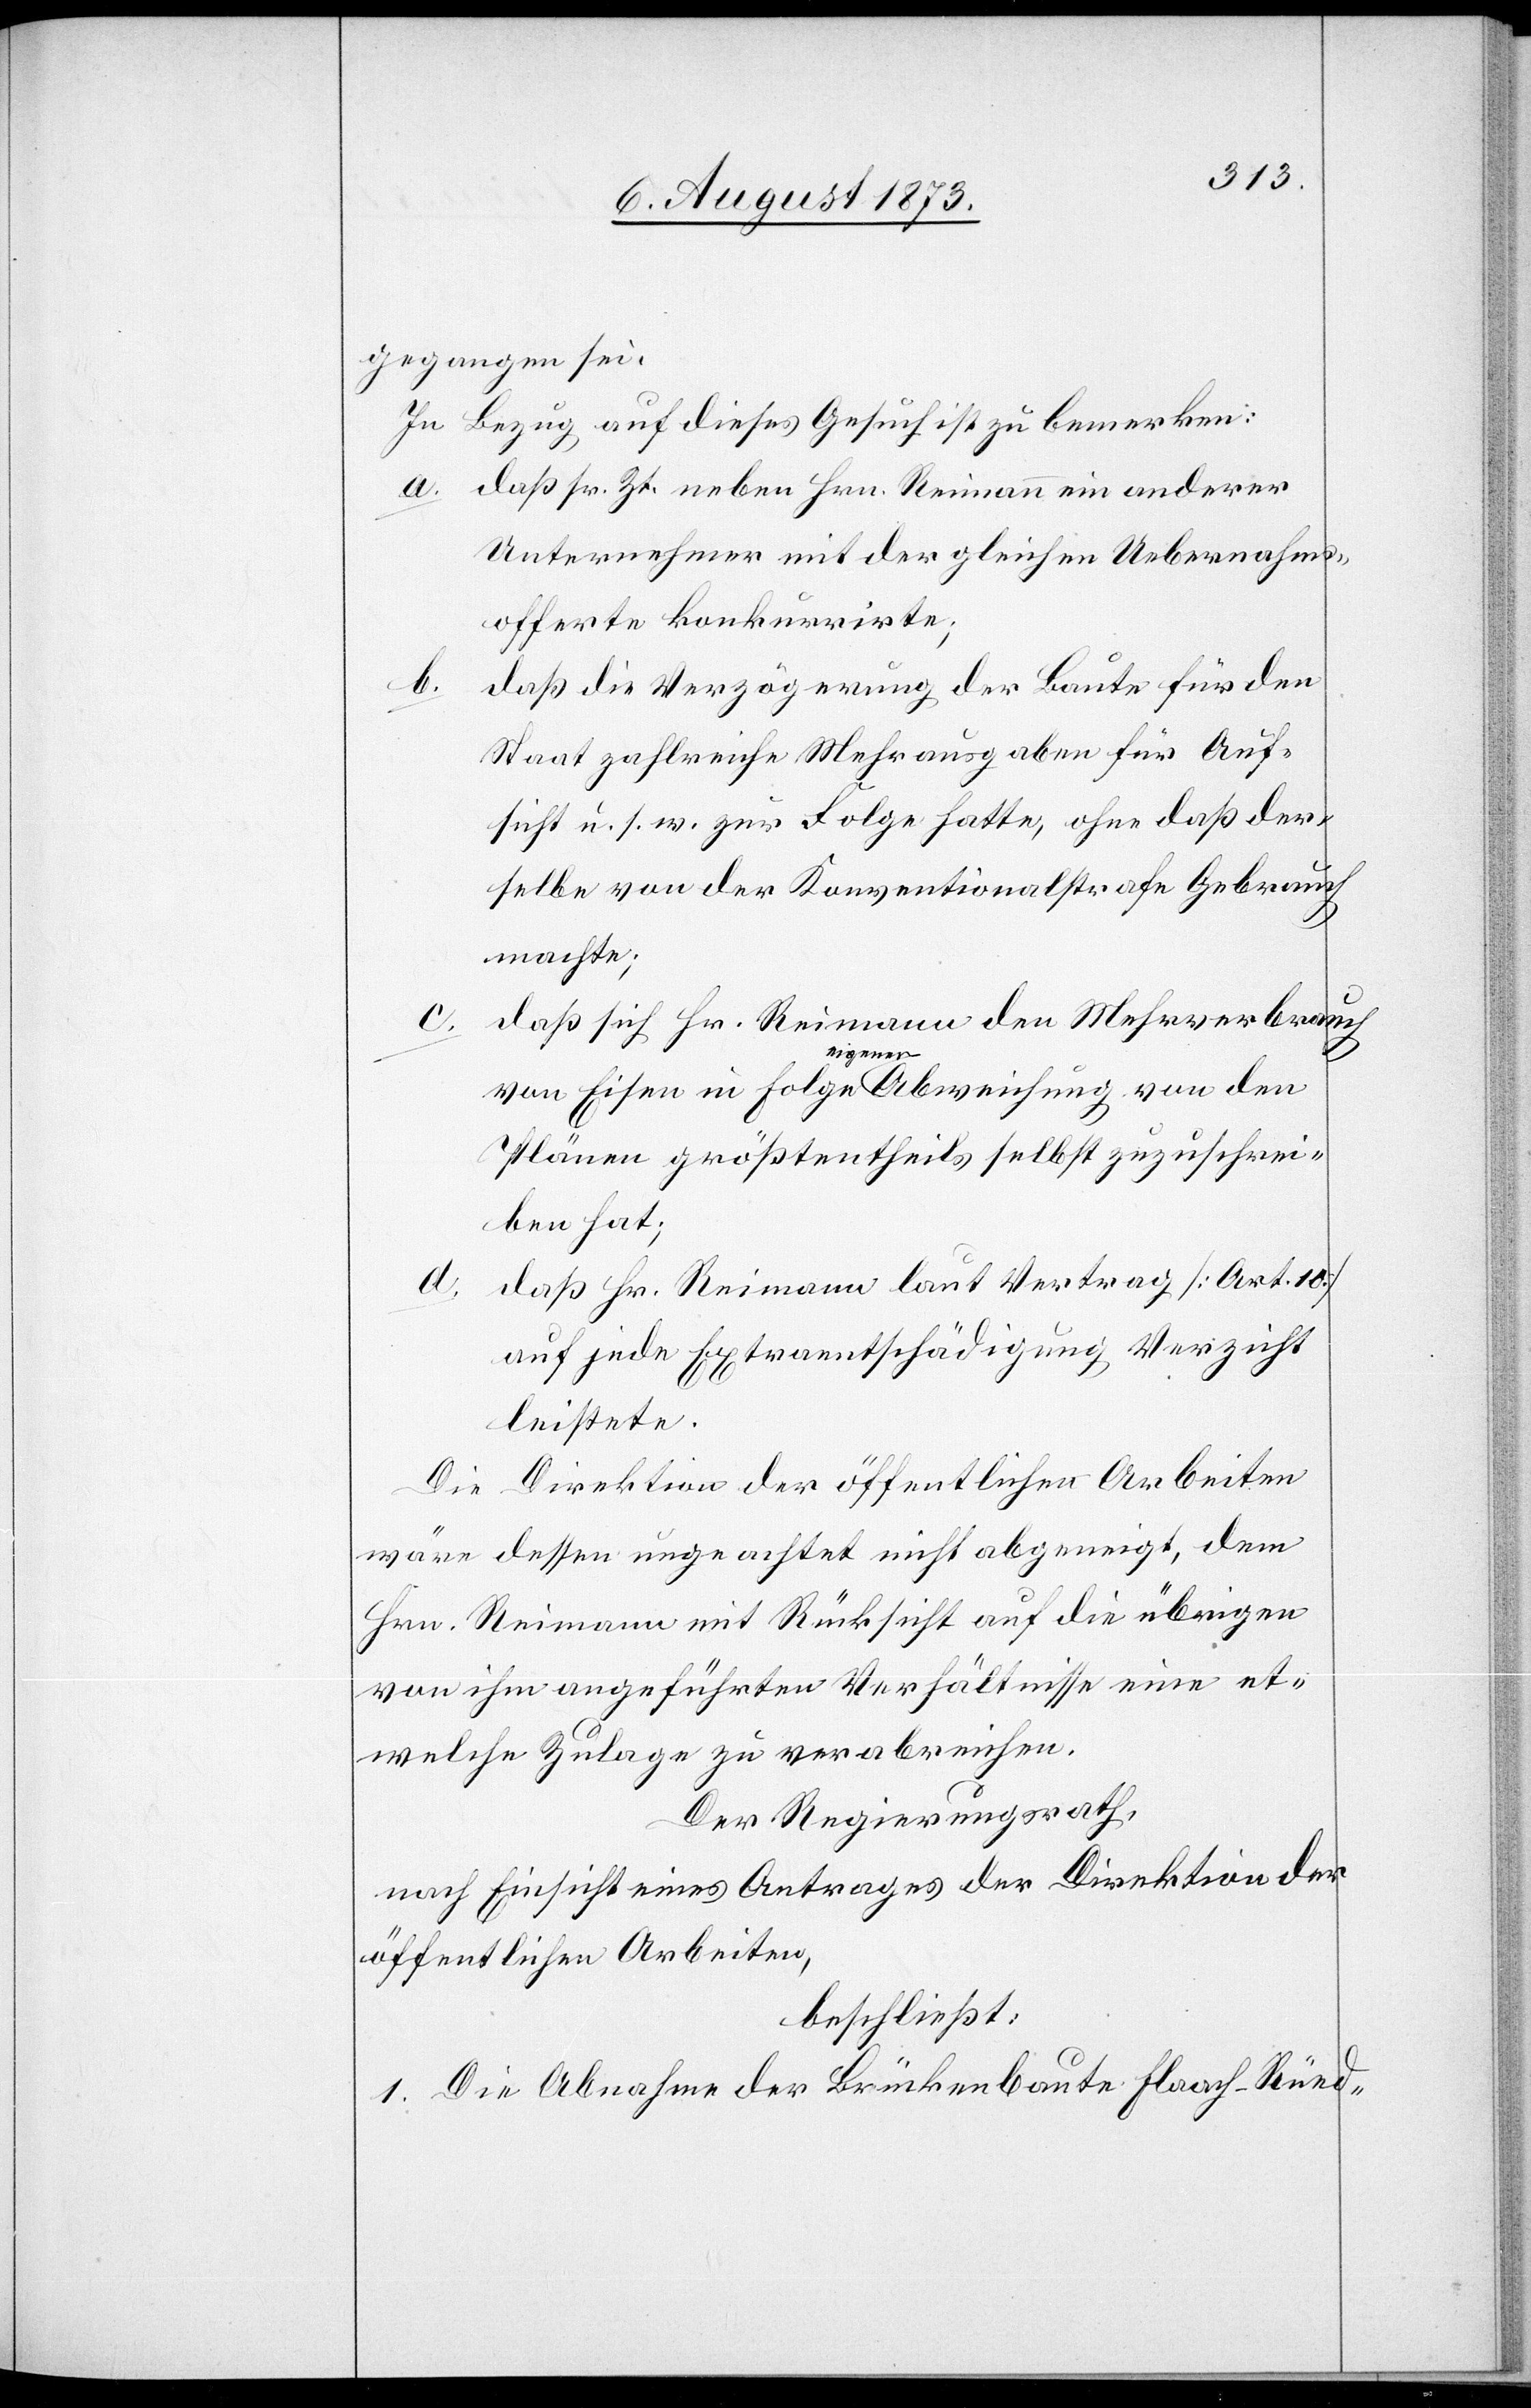
gegangen sei.
In Bezug auf dieses Gesuch ist zu bemerken:
a. daß sr. Zt. neben Hrn. Reimann ein anderer
Unternehmer mit der gleichen Uebernahms¬
offerte konkurrirte;
b.
daß die Verzögerung der Baute für den
Staat zahlreiche Mehrausgaben für Auf¬
sicht u. s. w. zur Folge hatte, ohne daß der¬
selbe von der Konventionalstrafe Gebrauch
machte;
daß sich Hr. Reimann den Mehrverbrauch
von Eisen in Folge eigener Abweichung von den
Plänen größtentheils selbst zuzuschrei¬
ben hat;
daß Hr. Reimann laut Vertrag [Art. 10]
auf jede Extraentschädigung Verzicht
leistete.
Die Direktion der öffentlichen Arbeiten
wäre dessen ungeachtet nicht abgeneigt, dem
Hrn. Reimann mit Rücksicht auf die übrigen
von ihm angeführten Verhältnisse eine et¬
welche Zulage zu verabreichen.
Der Regierungsrath,
nach Einsicht eines Antrages der Direktion der
öffentlichen Arbeiten,
beschließt:
1. Die Abnahme der Brückenbaute Flaach-Rüed-